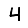
Digit: 4